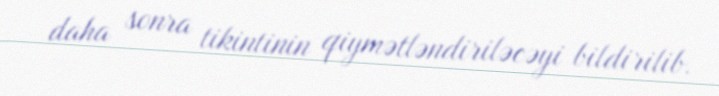
daha sonra tikintinin qiymətləndiriləcəyi bildirilib.